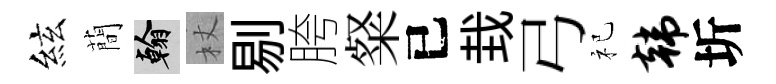
絃蕳翰杖剔胯粲已㘽弓祀韩圻